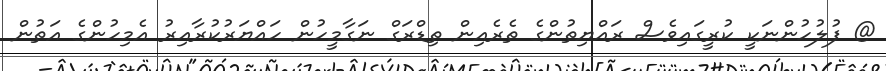
@ ފުލުހުންނަކީ ކުރީގައިވެސް ރައްޔިތުންގެ ތެރެއިން ތިޑްރަގް ނަގާމީހުން ހައްޔަރުކުރާއިރު އެމިހުންގެ އަތުން